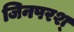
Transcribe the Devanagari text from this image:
जिनपरश्